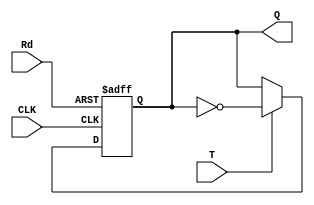
// T
// CLK:Rd:0
module T_FlipFlop(
  input CLK, Rd, T, 
  output reg Q
  );
  always @(posedge CLK,posedge Rd)
    if(Rd)
      Q <= 1'b0;
    else
      Q <= T ? !Q : Q;
endmodule